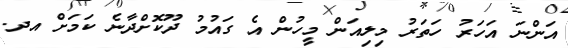
އަންނަ އަހަރު ހަތަރު މިލިއަން މީހުން އެ ގައުމު ދޫކޮށްދާނެ ކަމަށް އދ.